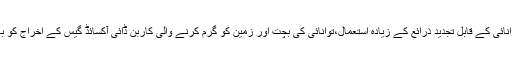
اس لئے بان کی مون نے توانائی کے قابل تجديد ذرائع کے زيادہ استعمال،توانائی کی بچت اور زمين کو گرم کرنے والی کاربن ڈائی آکسائڈ گيس کے اخراج کو بہت کم کرنے کا مطالبہ کيا۔